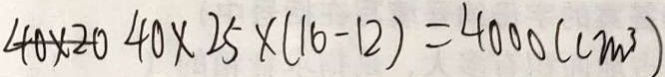
4 0 \times 2 0 4 0 \times 2 5 \times ( 1 6 - 1 2 ) = 4 0 0 0 ( c m ^ { 3 } )